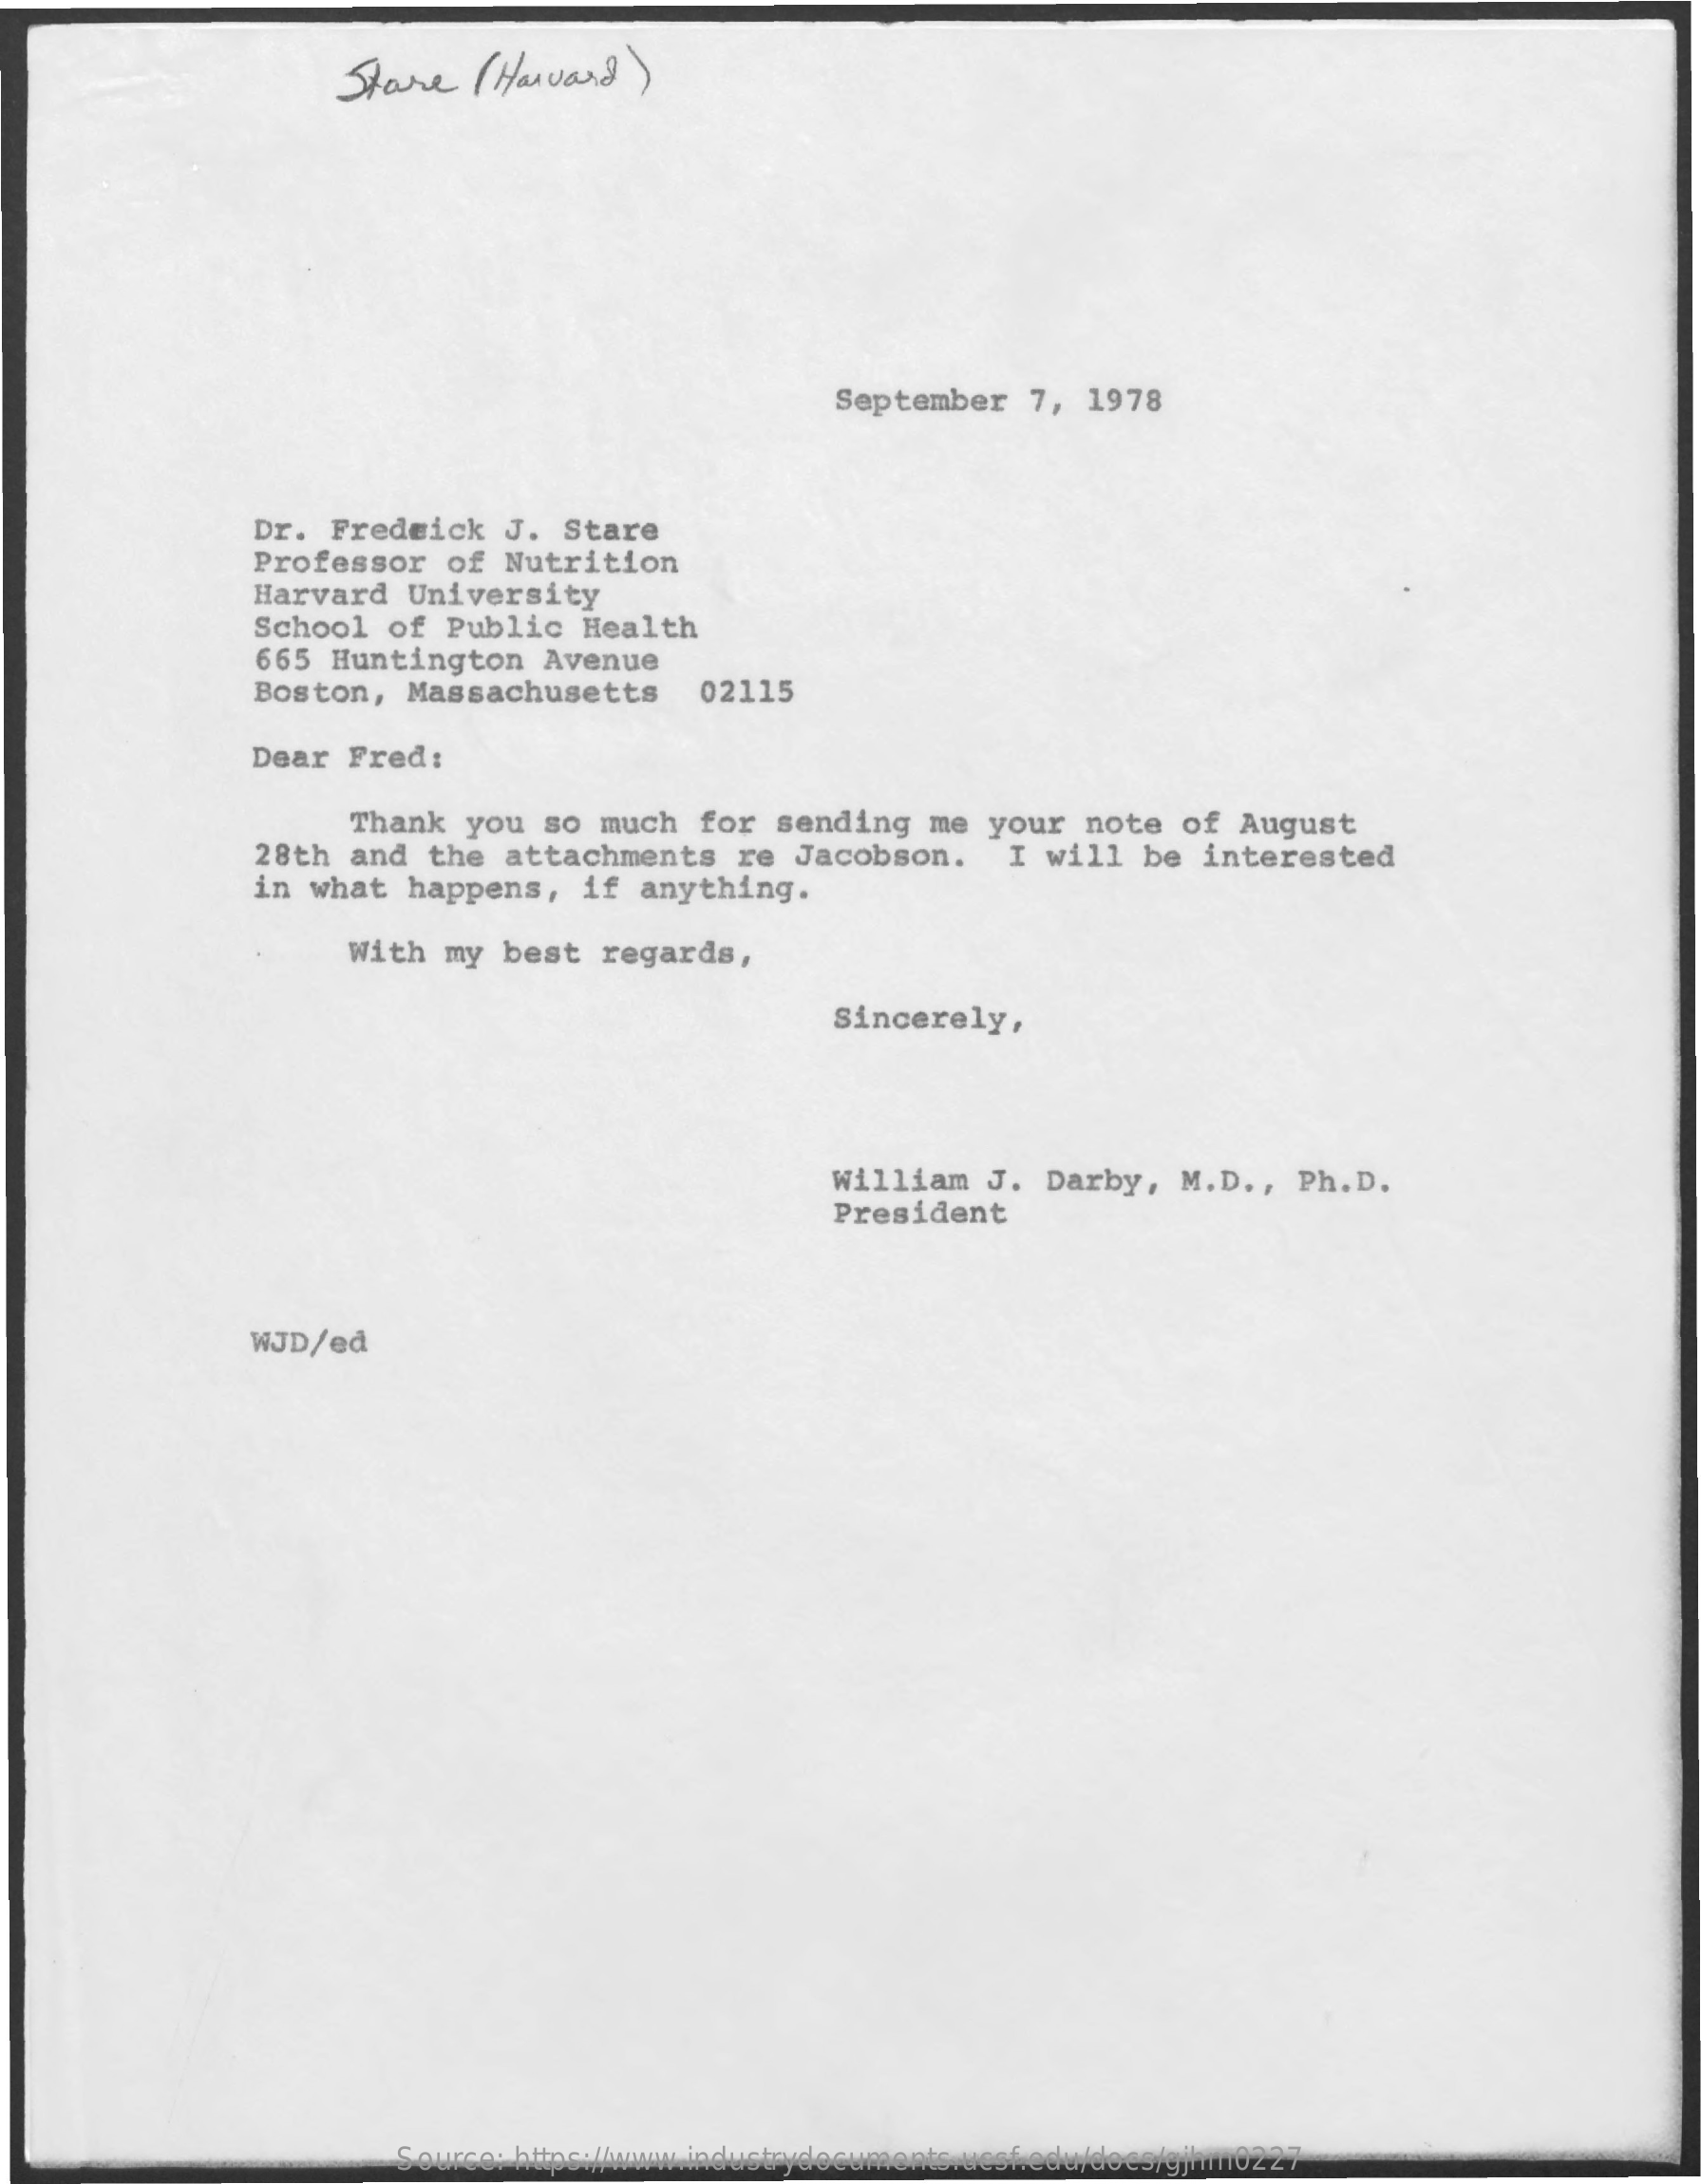
Stave   ( Harvard  )
     September   7,  1978
     Dr. Fredrick    J.  Stare
     Professor   of  Nutrition
     Harvard  University
     School  of  Public   Health
     665 Huntington    Avenue
     Boston,  Massachusetts    02115
     Dear  Fred:
     Thank  you  so  much   for  sending   me your   note  of  August
     28th  and  the  attachments    re  Jacobson.    I will  be  interested
     in what   happens,   if  anything.
     With  my  best  regards,
     Sincerely,
     William   J.  Darby,   M.D ., Ph.D.
     President
     WJD/ed
     Source: https://www.industrydocuments.ucsf.edu/docs/gjhm0227